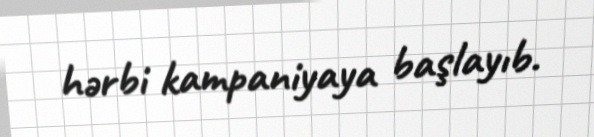
hərbi kampaniyaya başlayıb.